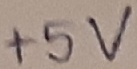
Text: +5V